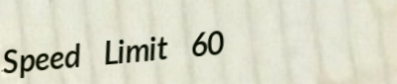
Speed Limit 60